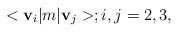
LaTeX: \begin{align*}<{\bf v}_i|m|{\bf v}_j>; i, j = 2, 3,\end{align*}